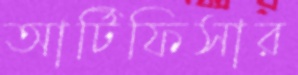
আর্টিফিসার